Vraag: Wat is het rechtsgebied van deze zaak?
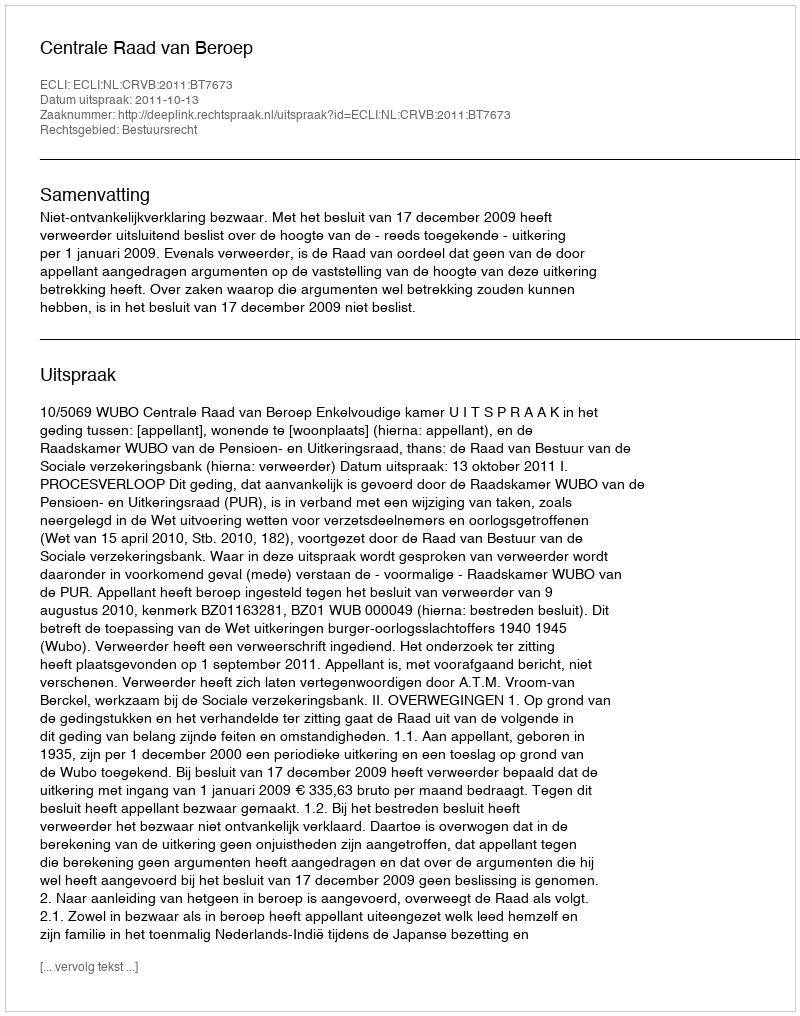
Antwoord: Bestuursrecht